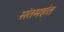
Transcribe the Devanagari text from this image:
संतमहंत